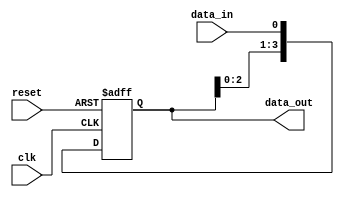
module SIPO_shift_register(
    input clk,       // Clock input
    input reset,     // Reset input
    input data_in,   // Serial data input
    output reg [3:0] data_out   // Parallel data output
);

reg [3:0] register;

always @(posedge clk or posedge reset) begin
    if (reset) begin
        register <= 4'b0000;
    end else begin
        register <= {register[2:0], data_in};
    end
end

assign data_out = register;

endmodule